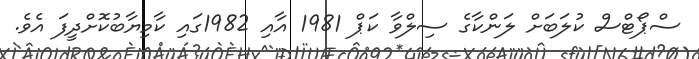
ސްޕޯޓްސް ކުލަބަށް ލަންކާގެ ސިލްވާ ކަޕް 1981 އާއި 1982ގައި ކާމިޔާބުކޮށްދީފަ އެވެ.